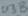
Text: U3B